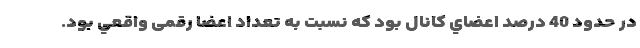
در حدود 40 درصد اعضاي كانال بود كه نسبت به تعداد اعضا رقمی واقعي بود.